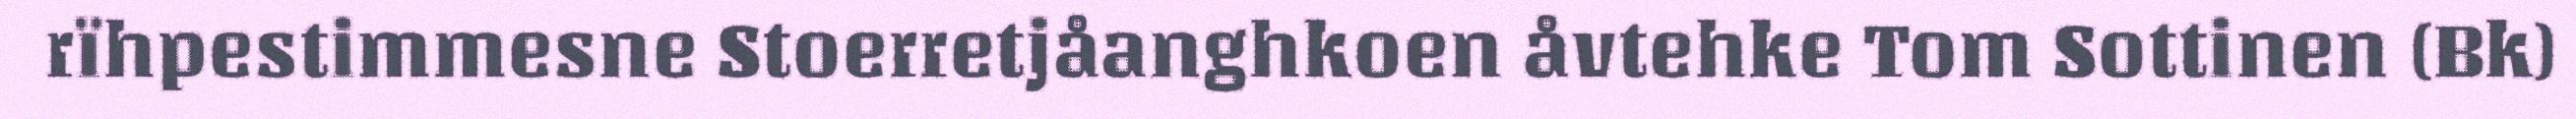
rïhpestimmesne Stoerretjåanghkoen åvtehke Tom Sottinen (Bk)